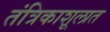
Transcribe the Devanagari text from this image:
तंत्रिकाशूलात